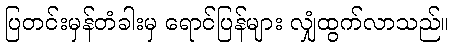
ပြတင်းမှန်တံခါးမှ ရောင်ပြန်များ လျှံထွက်လာသည်။